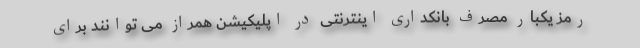
رمز یکبار مصرف بانکداری اینترنتی در اپلیکیشن همراز می توانند برای